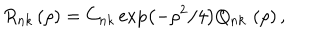
R _ { n k } \left( \rho \right) = C _ { n k } \exp \left( - \rho ^ { 2 } / 4 \right) Q _ { n k } \, \left( \rho \right) ,